Annual report on the lock hospitals of the Madras Presidency
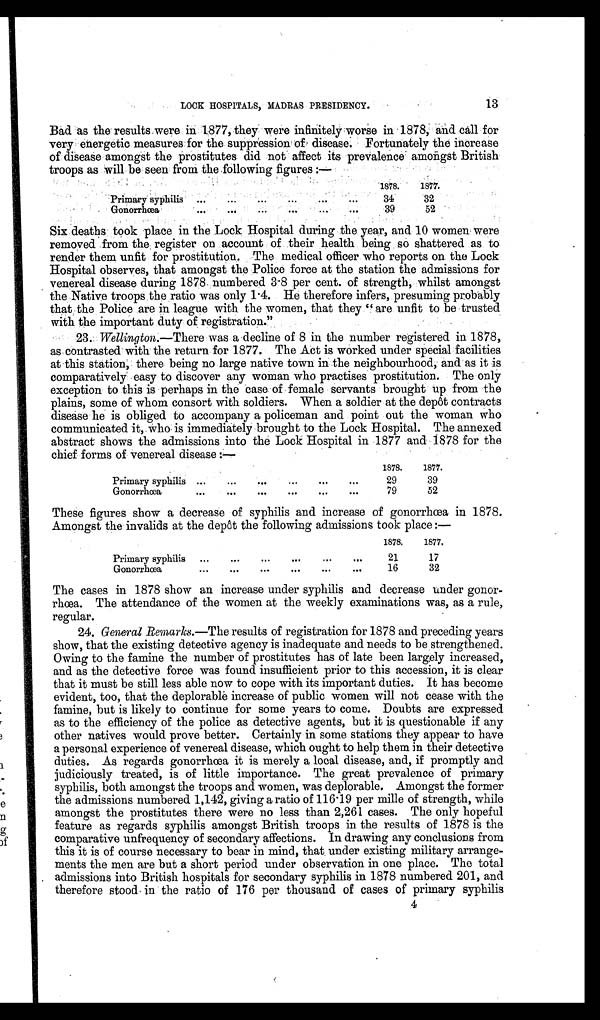
13
LOCK HOSPITALS, MADRAS PRESIDENCY.
Bad as the results were in 1877, they were infinitely worse in 1878, and call for
very energetic measures for the suppression of disease. Fortunately the increase
of disease amongst the prostitutes did not affect its prevalence amongst British
troops as will be seen from the followin g figures:—
1878.
1877.
Primary syphilis ...
...
...
. . .
. . .
34
32
Gonorrhœa
. . .
. . .
. . .
39
52
Six deaths took place in the Lock Hospital during the year, and 10 women were
removed from the register on account of their health being so shattered as to
render them unfit for prostitution. The medical officer who reports on. the Lock
Hospital observes, that amongst the Police force at the station the admissions for
venereal disease during 1878 numbered 3·8 per cent. of strength, whilst amongst
the Native troops the ratio was only 1 .4. He therefore infers, presuming probably
that the Police are in league with the women, that they " are unfit to be trusted
with the important duty of registration."
23. Wellington.— There was a decline of 8 in the number registered in 1878,
as contrasted with the return for 1877. The Act is worked under special facilities
at this station, there being no large native town in the neighbourhood, and as it is
comparatively easy to discover any woman who practises prostitution. The only
exception to this is perhaps in the case of female servants brought up from the
plains, some of whom consort with soldiers. When a soldier at the depôt contracts
disease he is obliged to accompany a policeman and point out the woman who
communicated it, who is immediately brought to the Lock Hospital. The annexed
abstract shows the admissions into the Lock Hospital in 1877 and 1878 for the
chief forms of venereal disease:—
1878.
1877.
Primary syphilis ...
...
...
... ...
. . .
29
39
Gonorrhœa
...
...
...
... ...
. . .
79
52
These figures show a decrease of syphilis and increase of gonorrhœa in 1878.
Amongst the invalids at the depôt the following admissions took place:—
1878.
1877.
Primary syphilis ...
...
...
...
. . .
. . .
21
17
Gonorrhœa
...
...
...
...
. . .
. . .
16
32
The cases in 1878 show an increase under syphilis and decrease under gonor-
rhœa. The attendance of the women at the weekly examinations was, as a rule,
regular.
24. General Remarks.— The results of registration for 1878 and preceding years
show, that the existing detective agency is inadequate and needs to be strengthened.
Owing to the famine the number of prostitutes has of late been largely increased,
and as the detective force was found insufficient prior to this accession, it is clear
that it must be still less able now to cope with its important duties. It has become
evident, too, that the deplorable increase of public women will not cease with the
famine, but is likely to continue for some years to come. Doubts are expressed
as to the efficiency of the police as detective agents, but it is questionable if any
other natives would prove better. Certainly in some stations they appear to have
a personal experience of venereal disease, which ought to help them in their detective
duties. As regards gonorrhœa it is merely a local disease, and, if promptly and
judiciously treated, is of little importance. The great prevalence of primary
syphilis, both amongst the troops and women, was deplorable. Amongst the former
the admissions numbered 1,142, giving a ratio of 116 . 19 per mille of strength, while
amongst the prostitutes there were no less than 2,261 cases. The only hopeful
feature as regards syphilis amongst British troops in the results of 1878 is the
comparative unfrequency of secondary affections. In drawing any conclusions from
this it is of course necessary to bear in mind, that under existing military arrange-
ments the men are but a short period under observation in one place. The total
admissions into British hospitals for secondary syphilis in 1878 numbered 201, and
therefore stood in the ratio of 176 per thousand of cases of primary syphilis
4